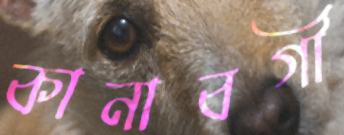
কানাবগী